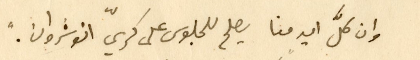
وان كلَّ امير منا يصلح للجلوس على كرسيّ انوشروان."